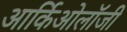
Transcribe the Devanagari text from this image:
आर्किओलॉजी